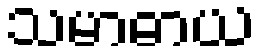
သမာဓာယ